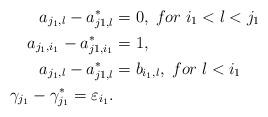
LaTeX: \begin{align*} a_{j_1,l}-a_{j1,l}^{*}&=0, \;for\;i_1<l<j_1\\ a_{j_1,i_1}-a_{j1,i_1}^{*}&=1,\\ a_{j_1,l}-a_{j1,l}^{*}&=b_{i_1,l}, \;for\;l<i_1\\ \gamma_{j_1}-\gamma_{j_1}^{*}=\varepsilon_{i_1}.\end{align*}